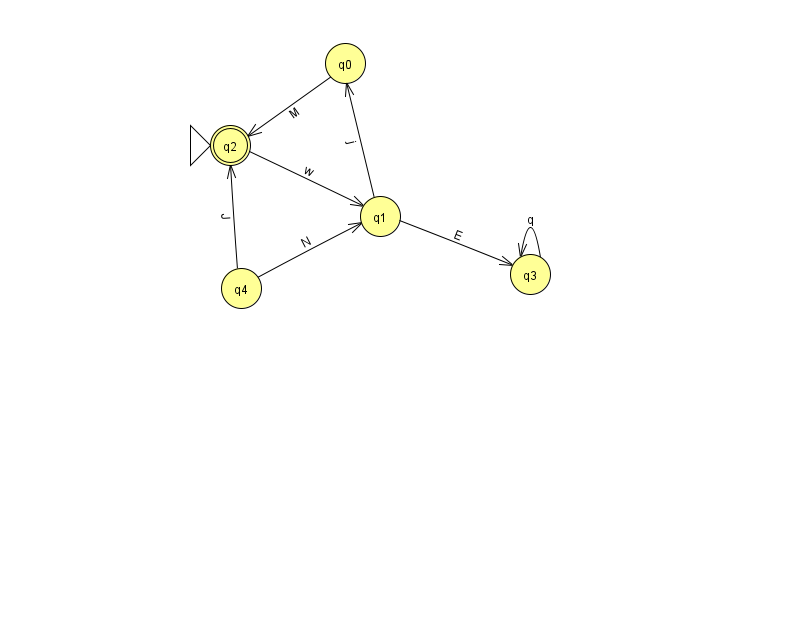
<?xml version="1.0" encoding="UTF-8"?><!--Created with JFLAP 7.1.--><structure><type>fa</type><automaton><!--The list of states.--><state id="0" name="q0"><x>345.0</x><y>50.0</y></state><state id="1" name="q1"><x>380.0</x><y>203.0</y></state><state id="2" name="q2"><x>230.0</x><y>132.0</y><initial/><final/></state><state id="3" name="q3"><x>530.0</x><y>261.0</y></state><state id="4" name="q4"><x>241.0</x><y>275.0</y></state><!--The list of transitions.--><transition><from>4</from><to>1</to><read>N</read></transition><transition><from>1</from><to>0</to><read>j</read></transition><transition><from>3</from><to>3</to><read>q</read></transition><transition><from>2</from><to>1</to><read>w</read></transition><transition><from>0</from><to>2</to><read>M</read></transition><transition><from>4</from><to>2</to><read>J</read></transition><transition><from>1</from><to>3</to><read>E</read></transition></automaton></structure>